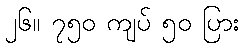
၂၆။ ၇၅၀ ကျပ် ၅၀ ပြား